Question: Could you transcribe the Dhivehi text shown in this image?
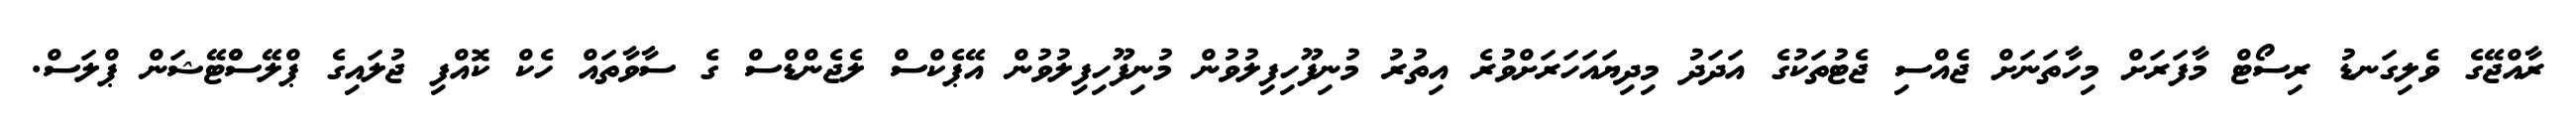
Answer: ރާއްޖޭގެ ވެލިގަނޑު ރިސޯޓް މާފަރަށް މިހާތަނަށް ޖެއްސި ޖެޓުތަކުގެ އަދަދު މިދިޔައަހަރަށްވުރެ އިތުރު މުނިފޫހިފިލުވުން މުނިފޫހިފިލުވުން އޭޕެކްސް ލެޖެންޑްސް ގެ ސާވާތައް ހެކް ކޮއްފި ޖުލައިގެ ޕްލޭސްްޓޭޝަން ޕްލަސް.